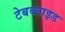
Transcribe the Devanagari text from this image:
टेबब्लाइड